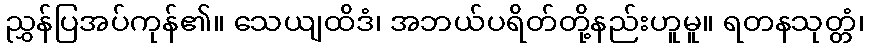
ညွှန်ပြအပ်ကုန်၏။ သေယျထိဒံ၊ အဘယ်ပရိတ်တို့နည်းဟူမူ။ ရတနသုတ္တံ၊